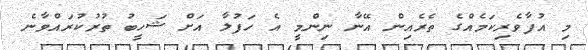
މި އުފާވެރިކަމެއްގެ ތެރެއިން އޭނާ ނިންމީ އެ ހަފުލާ އަށް ޝަހީބު ތުރުކުރައްވާނެ